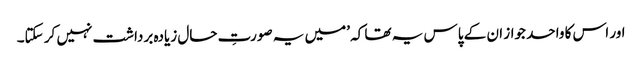
اور اس کا واحد جواز ان کے پاس یہ تھا کہ ’میں یہ صورتِ حال زیادہ برداشت نہیں کر سکتا۔